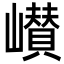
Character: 㠝